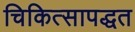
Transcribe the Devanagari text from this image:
चिकित्सापद्धत